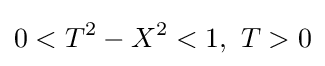
0<T^{2}-X^{2}<1,\ T>0